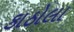
કાઠોલા